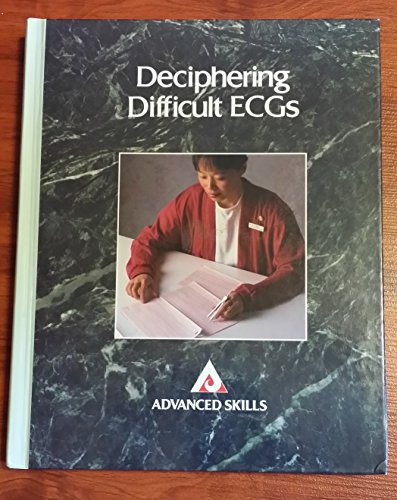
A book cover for Deciphering Difficult Ecgs (Advanced Skills); Springhouse Publishing; Medical Books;